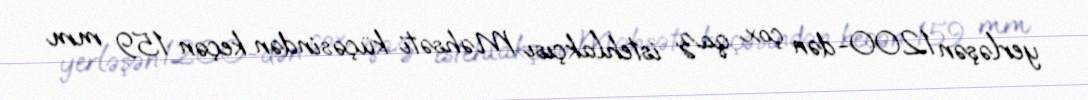
yerləşən 1200-dən çox qaz istehlakçısı Məhsəti küçəsindən keçən 159 mm